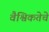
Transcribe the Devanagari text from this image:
वैश्विकतेचे